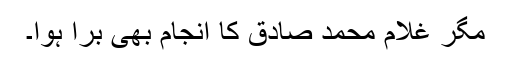
مگر غلام محمد صادق کا انجام بھی برا ہوا۔